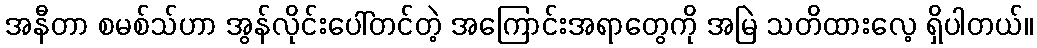
အနီတာ စမစ်သ်ဟာ အွန်လိုင်းပေါ်တင်တဲ့ အကြောင်းအရာတွေကို အမြဲ သတိထားလေ့ ရှိပါတယ်။